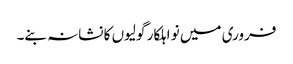
فروری میں نو اہلکار گولیوں کا نشانہ بنے۔